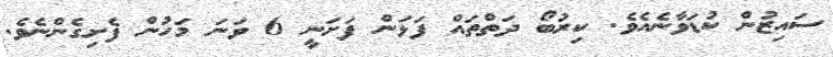
ސައިޒުން ކުޑަވާނެއެވެ. ކިރުބޯ ދަތްތައް ފަޅަން ފަށަނީ 6 ވަނަ މަހުން ފެށިގެންނެވެ.